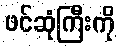
ဖင်ဆုံကြီးကို